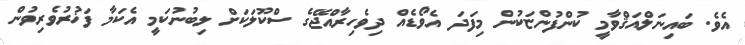
އެވެ. ބައިނަލްއަޤްވާމީ ކުންފުންޏަކުން މިފަދަ އެވޯޑެއް ދިވެހިރާއްޖޭގެ ސްކޫލަކަށް ލިބުނުކަމީ އެކަމާ ފަޚުރުވެރިވުން